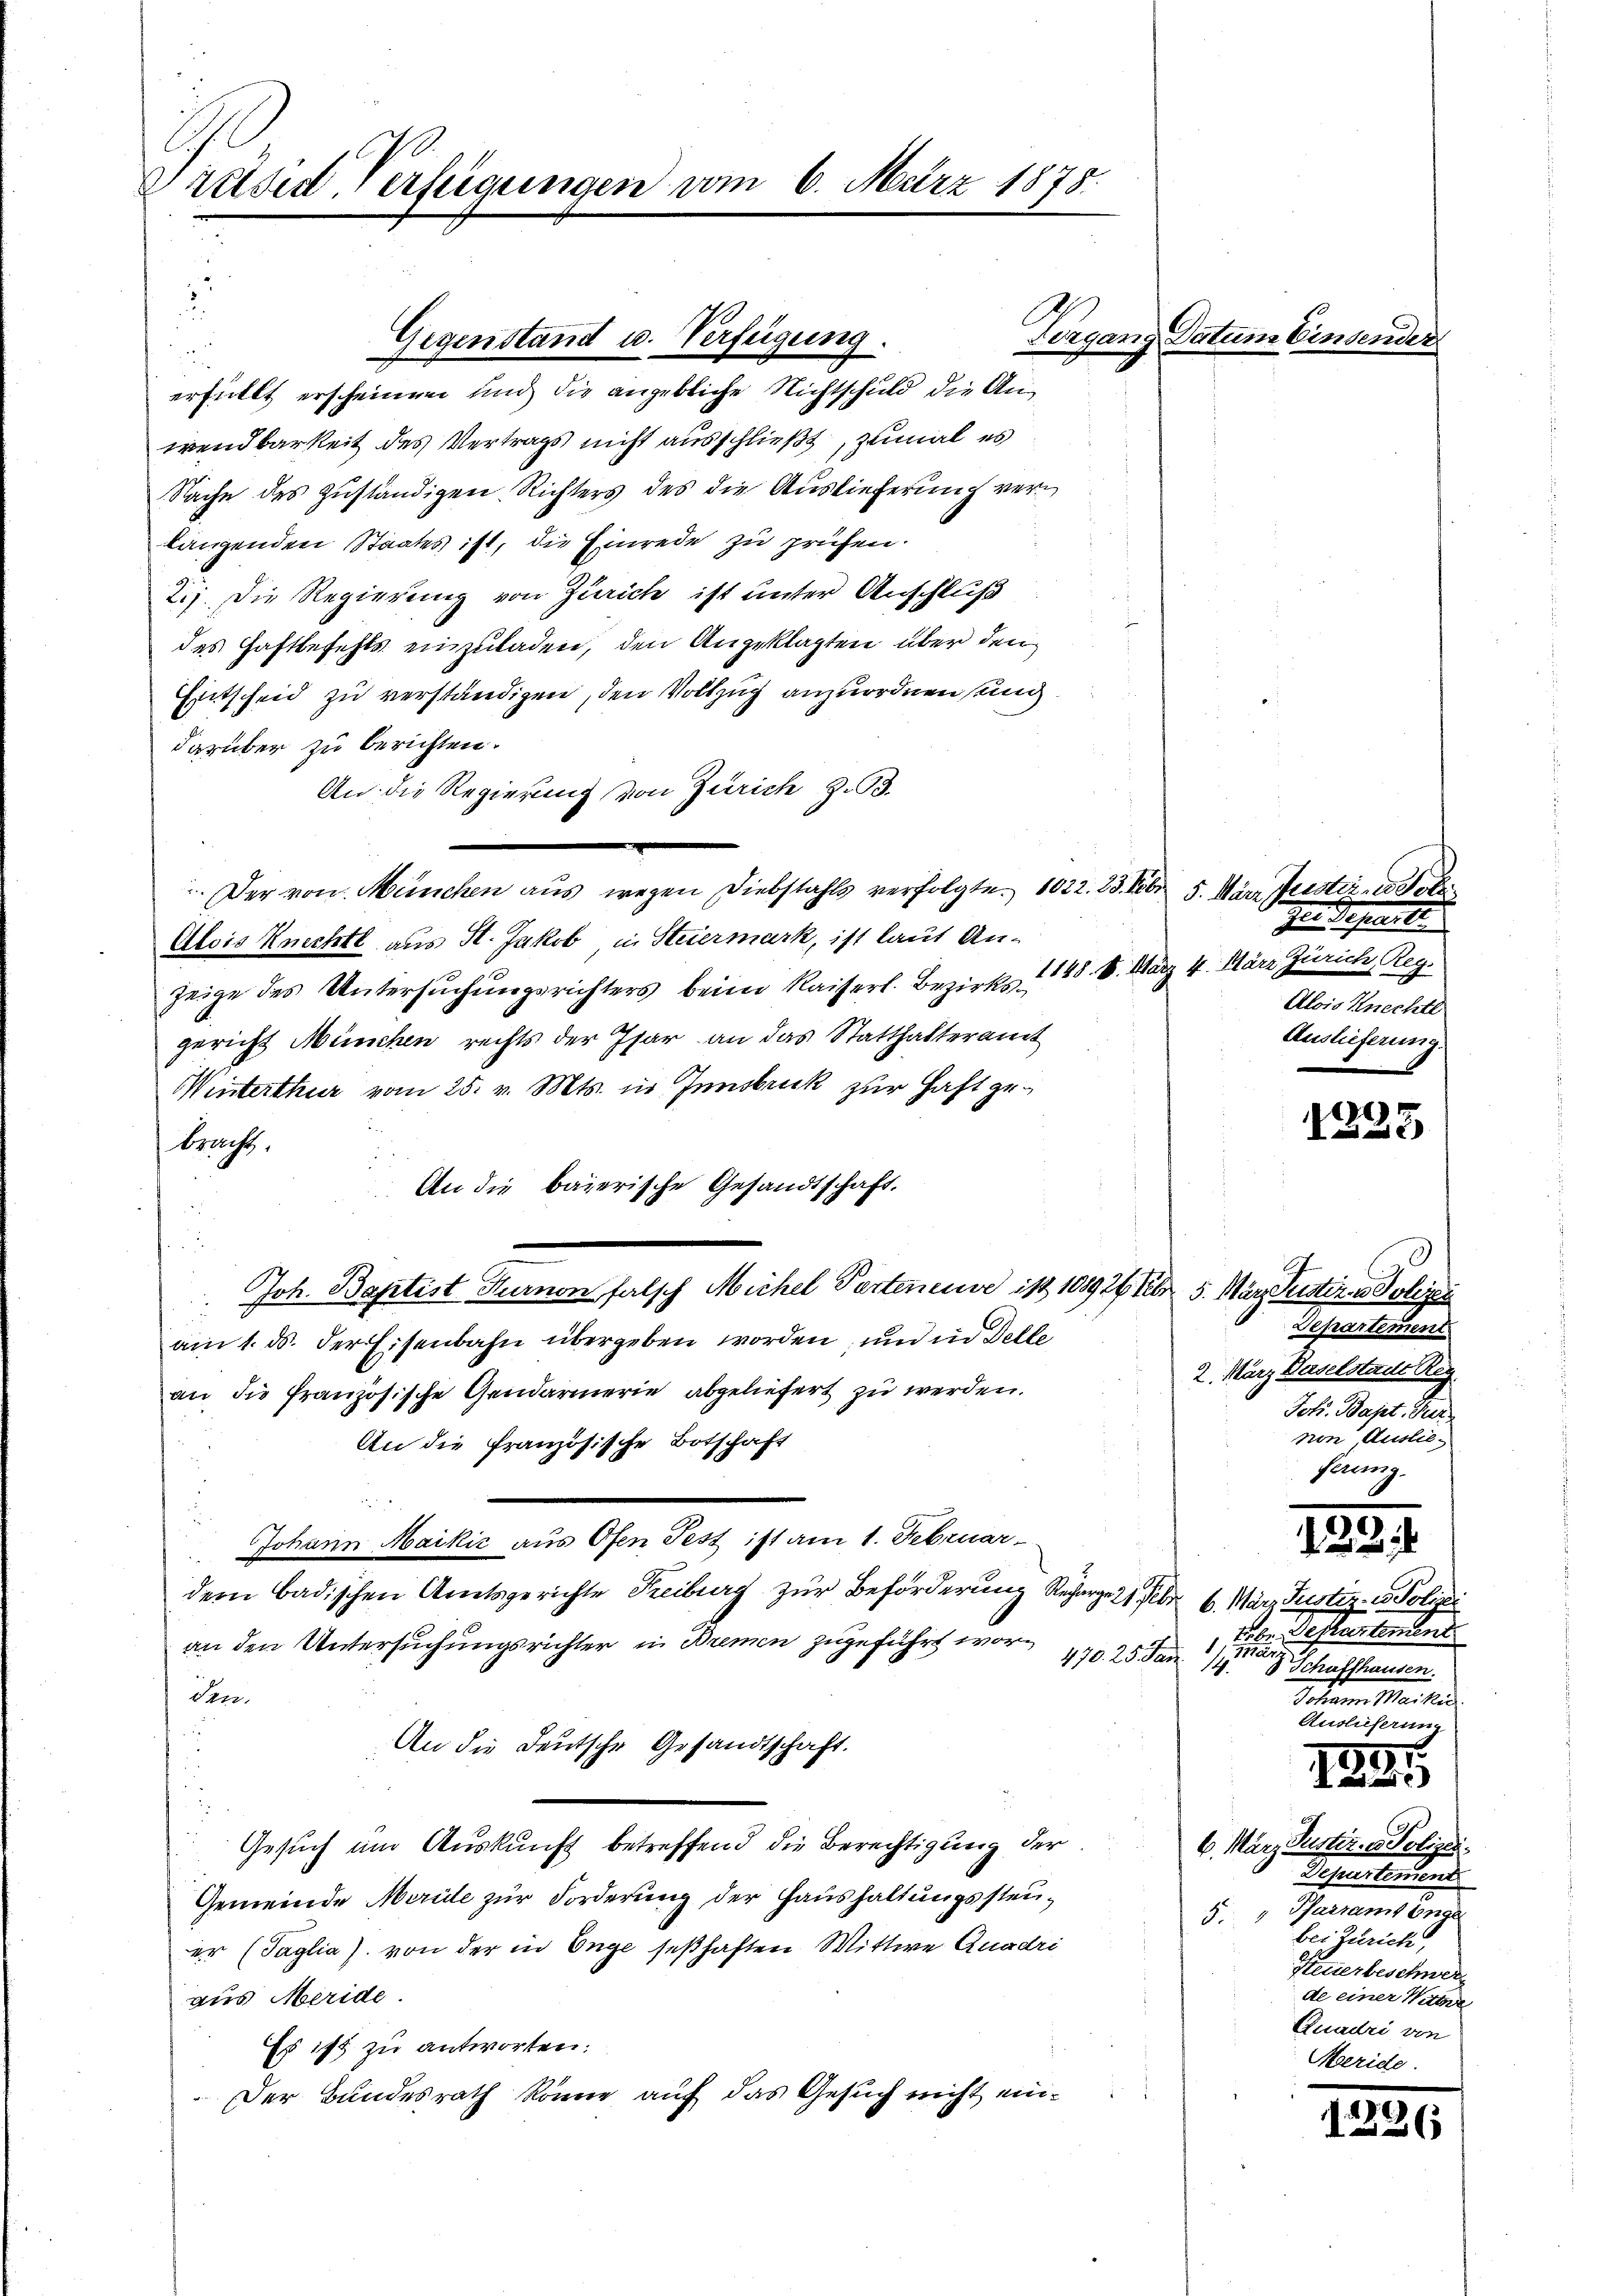
Präses Verfügungen vom 6. März 1875.

Vergang der
Gegenstand u. Verfeigung.

.
erfüllt erscheinen und die angebliche Nichtschuld die Anwendbarkeit des Vertrags nicht ausschließt, zumal es
Sache des zuständigen Richters des die Auslieferung verlangenden Staates ist, die Einrede zu prüfen.
2.) Die Regierung von Zürich ist unter Anschluß
des Haftbefehls einzuladen, den Angeklagten über den
Entscheid zu verständigen, den Vollzug anzuordnen sung.
darüber zu berichten.
An die Regierung von Zürich z. B.
.Der von München aus wegen Diebstahls verfolgte. 1022. 23. Feb
Alois Knechte aus St. Jakob in Steiermark, ist laut An-
zeige des Untersŭchŭngsrichters beim Kaiserl. Bezirks- 148. 18. März 4. März Zürich, Reg.
gericht München rechts der Phar an das Statthalteramt
Winterthur vom 25. v. Mts. in Innsbruk zur Haft ge¬
Bracht,
An die baierische Gesandtschaft.
u
Joh. Baptist Turnon falsch Michel Partemende ist 108926 Febr. 5. März Justiren Polizei
am 1. ds. der Eisenbahn übergeben worden und in Felle
an die französische Gendarmerie abgeliefert zu werden.
An die französische Botschaft

Johann Maikić aus Ofen Fest ist am 1. Februar
dem badischen Amtsgerichte Freiburg zur Beförderung Recharge 21 Feber 6. März Justiz- u. Polizei
an den Untersuchungsrichter in Bremen zugeführt wor¬
470. 25. Jan 1 191
den.
x
An die Deutsche Gesandtschaft.
Gesuch um Auskunft betreffend die Berechtigung der
Gemeinde Merie zur Forderung der Haushaltungssteuer (Taglia) von der in Enge seßhaften Wittwe Quadri
aus Meride
Es ist zu antworten:
Der Bundesrath könne auf das Gesuch nicht ein¬

5. März Jestern ob
Ien Departe
Alois Knechtl
Auslieferung.

1235

)
Departement
2. März Baselstadt Reg
Johs. Bapt. Fier
non, Auslieferung.

135

der Destrentement.
14
8 Schaffhausen.
Sofernen Martin
Auslieferi

I.
.

6. März Justiz- & Polizei.
Departerund
5. Pfarramt Enge
bei Zürich
Feuerbeschwer
de einer Witter
Quadri von
Meride.

1.

236